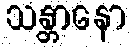
သန္တာနော